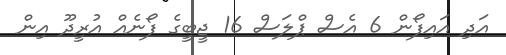
އަދި އައިފޯން 6 އެސް ޕްލަސް 16 ޖީބީގެ ފޯނެއް އުރީދޫ އިން